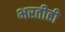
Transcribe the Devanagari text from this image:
भरतीही